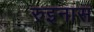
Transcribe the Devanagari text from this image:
रुइनास